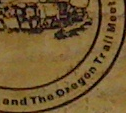
and The oregon Trall Moot